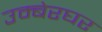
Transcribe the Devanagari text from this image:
उम्बेरघर